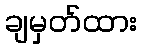
ချမှတ်ထား